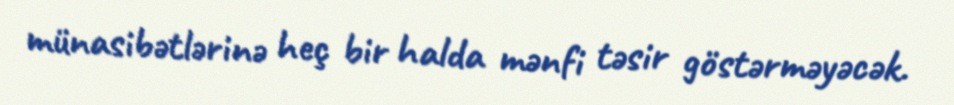
münasibətlərinə heç bir halda mənfi təsir göstərməyəcək.